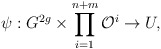
\begin{align*}\psi :G^{2g}\times\prod_{i=1}^{n+m}\mathcal{O}^{i}\rightarrow U,\end{align*}